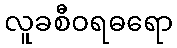
လူခစီဝရဓရော